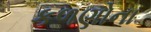
કળણોના